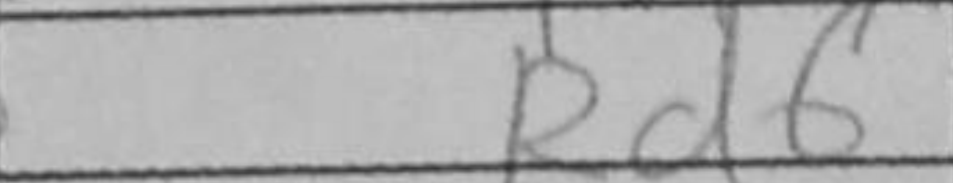
Transcription: Rd6